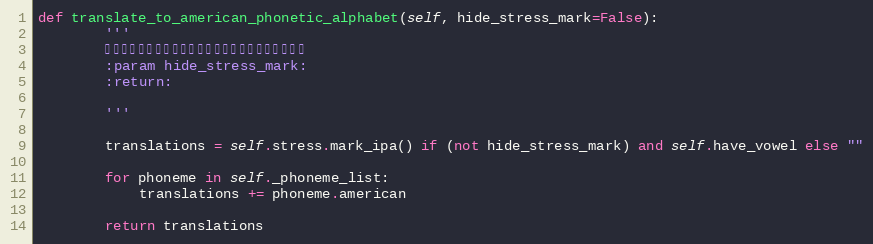
Language: Python
def translate_to_american_phonetic_alphabet(self, hide_stress_mark=False):
        '''
        转换成美音音。只要一个元音的时候需要隐藏重音标识
        :param hide_stress_mark:
        :return:

        '''

        translations = self.stress.mark_ipa() if (not hide_stress_mark) and self.have_vowel else ""

        for phoneme in self._phoneme_list:
            translations += phoneme.american

        return translations